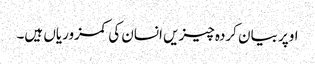
اوپر بیان کردہ چیزیں انسان کی کمزوریاں ہیں۔